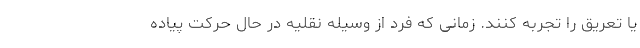
یا تعریق را تجربه کنند. زمانی که فرد از وسیله نقلیه در حال حرکت پیاده